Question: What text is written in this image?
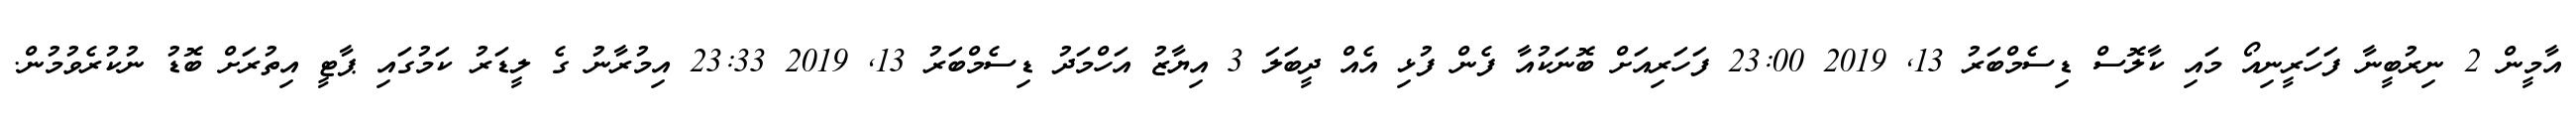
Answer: އާމީން 2 ނިރުބީނާ ފަހަރީނިއޯ މައި ކާލޮސް ޑިސެމްބަރު 13, 2019 23:00 ފަހަރިއަށް ބޮނަކުއާ ފެން ފުޅި އެއް ދީބަލަ 3 އިޔާޒު އަހްމަދު ޑިސެމްބަރު 13, 2019 23:33 އިމުރާނު ގެ ލީޑަރު ކަމުގައި ޕާޓީ އިތުރަށް ބޮޑު ނުކުރެވުމުން.